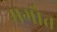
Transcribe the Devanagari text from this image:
मगौत